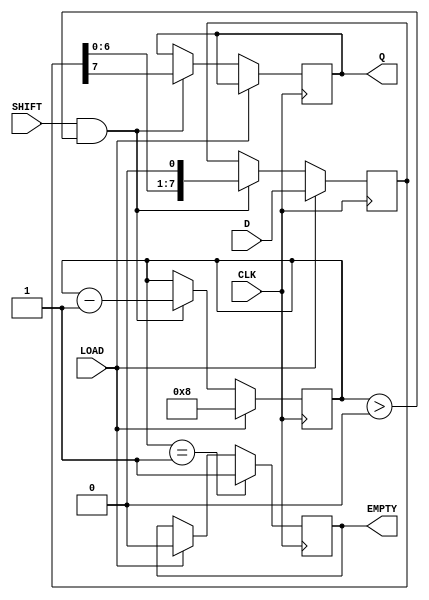
module PISO_Register #(
    parameter WIDTH = 8  // Parameter for the width of the parallel data
)(
    input wire [WIDTH-1:0] D,    // Parallel data inputs
    input wire CLK,               // Clock signal
    input wire LOAD,              // Load enable signal
    input wire SHIFT,             // Shift enable signal
    output reg Q,                 // Serial output
    output reg EMPTY              // Empty status signal
);

    reg [WIDTH-1:0] shift_reg;    // Shift register to hold the data
    reg [3:0] bit_count;           // Bit counter to track the number of bits shifted out

    always @(posedge CLK) begin
        if (LOAD) begin
            shift_reg <= D;        // Load parallel data into shift register
            bit_count <= WIDTH;    // Reset bit counter to the width of the data
            EMPTY <= 1'b0;         // Set EMPTY to false as data is loaded
        end else if (SHIFT && bit_count > 0) begin
            Q <= shift_reg[WIDTH-1]; // Output the MSB of the shift register
            shift_reg <= {shift_reg[WIDTH-2:0], 1'b0}; // Shift left (MSB out)
            bit_count <= bit_count - 1; // Decrement the bit counter
        end
        
        // Set EMPTY signal when there are no bits left to shift out
        if (bit_count == 1) begin
            EMPTY <= 1'b1;          // Set EMPTY if only one bit is left to shift out
        end
    end

endmodule